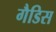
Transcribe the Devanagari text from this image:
गैडिस